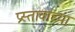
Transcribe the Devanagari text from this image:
प्रस्तावाच्या